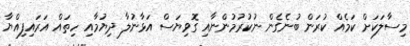
މިސާލަކަށް ކަމެއް ކުރަން ބުނެގެން ނުކުރުމުންނާއި ގޮވިޔަސް އަޅާނުލާ ދިޔުމާއި ހިތައް އަރައިފިއްޔާ